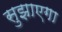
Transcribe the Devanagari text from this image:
सुझाएगा